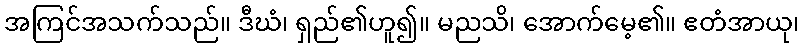
အကြင်အသက်သည်။ ဒီဃံ၊ ရှည်၏ဟူ၍။ မညသိ၊ အောက်မေ့၏။ ဧတံအာယု၊